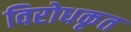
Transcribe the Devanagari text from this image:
विरोधकृत